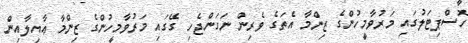
ހޮސްޕިޓަަލުގައި މަރުވާމީހުންގެ ޒިންމާ އެތަގެ ވެރިން ނަގަންޖެހި ގޭގައި މަރުވާމީހުންގެ ޒިންމާ ޢާއިލާއިން